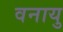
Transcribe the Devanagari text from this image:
वनायु